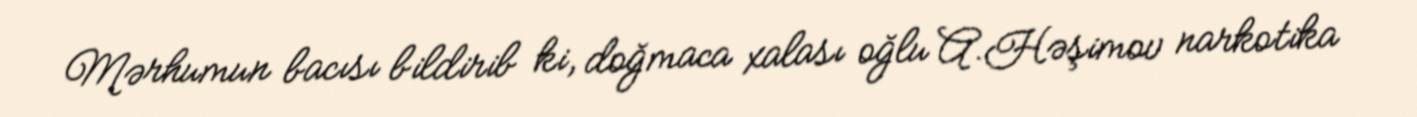
Mərhumun bacısı bildirib ki, doğmaca xalası oğlu A.Həşimov narkotika